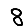
Digit: 8